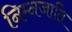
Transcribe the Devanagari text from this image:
निम्नजाति